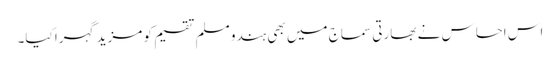
اس احساس نے بھارتی سماج میں بھی ہندو مسلم تقسیم کو مزید گہرا کیا۔